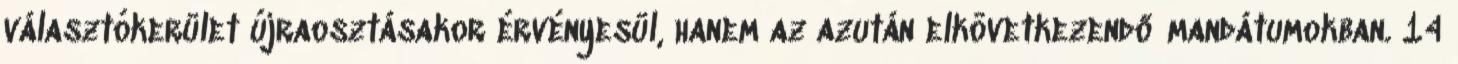
választókerület újraosztásakor érvényesül, hanem az azután elkövetkezendő mandátumokban. 14